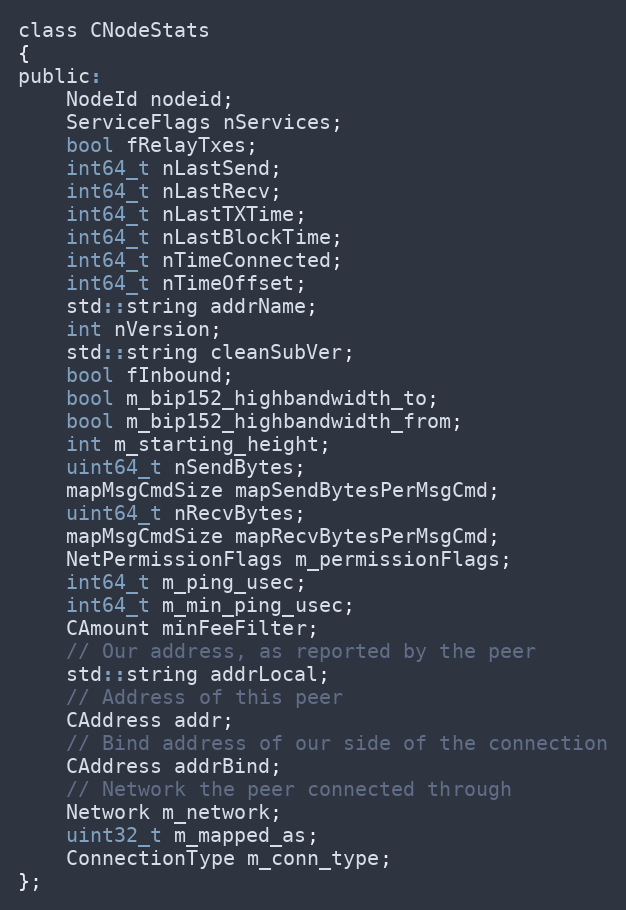
Language: C
class CNodeStats
{
public:
    NodeId nodeid;
    ServiceFlags nServices;
    bool fRelayTxes;
    int64_t nLastSend;
    int64_t nLastRecv;
    int64_t nLastTXTime;
    int64_t nLastBlockTime;
    int64_t nTimeConnected;
    int64_t nTimeOffset;
    std::string addrName;
    int nVersion;
    std::string cleanSubVer;
    bool fInbound;
    bool m_bip152_highbandwidth_to;
    bool m_bip152_highbandwidth_from;
    int m_starting_height;
    uint64_t nSendBytes;
    mapMsgCmdSize mapSendBytesPerMsgCmd;
    uint64_t nRecvBytes;
    mapMsgCmdSize mapRecvBytesPerMsgCmd;
    NetPermissionFlags m_permissionFlags;
    int64_t m_ping_usec;
    int64_t m_min_ping_usec;
    CAmount minFeeFilter;
    // Our address, as reported by the peer
    std::string addrLocal;
    // Address of this peer
    CAddress addr;
    // Bind address of our side of the connection
    CAddress addrBind;
    // Network the peer connected through
    Network m_network;
    uint32_t m_mapped_as;
    ConnectionType m_conn_type;
};